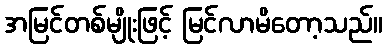
အမြင်တစ်မျိုးဖြင့် မြင်လာမိတော့သည်။